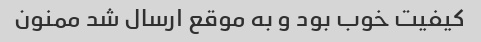
کیفیت خوب بود و به موقع ارسال شد ممنون